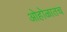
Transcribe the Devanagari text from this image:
ओहोळातच